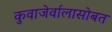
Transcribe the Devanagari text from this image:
कुवाजेर्वालासोबत